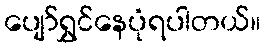
ပျော်ရွှင်နေပုံရပါတယ်။